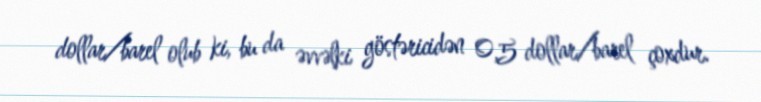
dollar/barel olub ki, bu da əvvəlki göstəricidən 0,5 dollar/barel çoxdur.